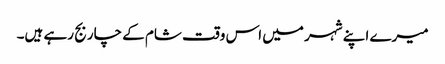
میرے اپنے شہر میں اس وقت شام کے چار بج رہے ہیں۔